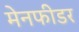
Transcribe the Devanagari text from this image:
मेनफीडर